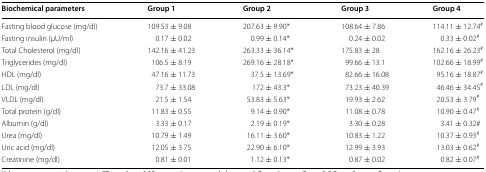
<table><thead><tr><td><b>Biochemical parameters</b></td><td><b>Group 1</b></td><td><b>Group 2</b></td><td><b>Group 3</b></td><td><b>Group 4</b></td></tr></thead><tbody><tr><td>Fasting blood glucose (mg/dl)</td><td>109.53 ± 9.08</td><td>207.63 ± 9.90*</td><td>108.64 ± 7.86</td><td>114.11 ± 12.74<sup>#</sup></td></tr><tr><td>Fasting insulin (μU/ml)</td><td>0.17 ± 0.02</td><td>0.99 ± 0.14*</td><td>0.24 ± 0.02</td><td>0.33 ± 0.02<sup>#</sup></td></tr><tr><td>Total Cholesterol (mg/dl)</td><td>142.16 ± 41.23</td><td>263.33 ± 36.14*</td><td>175.83 ± 28</td><td>162.16 ± 26.23<sup>#</sup></td></tr><tr><td>Triglycerides (mg/dl)</td><td>106.5 ± 8.19</td><td>269.16 ± 28.18*</td><td>99.66 ± 13.1</td><td>102.66 ± 18.99<sup>#</sup></td></tr><tr><td>HDL (mg/dl)</td><td>47.16 ± 11.73</td><td>37.5 ± 13.69*</td><td>82.66 ± 16.08</td><td>95.16 ± 18.87<sup>#</sup></td></tr><tr><td>LDL (mg/dl)</td><td>73.7 ± 33.08</td><td>172 ± 43.3*</td><td>73.23 ± 40.39</td><td>46.46 ± 34.45<sup>#</sup></td></tr><tr><td>VLDL (mg/dl)</td><td>21.5 ± 1.54</td><td>53.83 ± 5.63*</td><td>19.93 ± 2.62</td><td>20.53 ± 3.79<sup>#</sup></td></tr><tr><td>Total protein (g/dl)</td><td>11.83 ± 0.55</td><td>9.14 ± 0.90*</td><td>11.08 ± 0.78</td><td>10.90 ± 0.47<sup>#</sup></td></tr><tr><td>Albumin (g/dl)</td><td>3.33 ± 0.17</td><td>2.19 ± 0.19*</td><td>3.30 ± 0.28</td><td>3.41 ± 0.32#</td></tr><tr><td>Urea (mg/dl)</td><td>10.79 ± 1.49</td><td>16.11 ± 3.60*</td><td>10.83 ± 1.22</td><td>10.37 ± 0.93<sup>#</sup></td></tr><tr><td>Uric acid (mg/dl)</td><td>12.05 ± 3.75</td><td>22.90 ± 6.10*</td><td>12.99 ± 3.93</td><td>13.03 ± 0.62<sup>#</sup></td></tr><tr><td>Creatinine (mg/dl)</td><td>0.81 ± 0.01</td><td>1.12 ± 0.13*</td><td>0.87 ± 0.02</td><td>0.82 ± 0.07<sup>#</sup></td></tr></tbody></table>